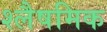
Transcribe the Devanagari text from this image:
श्लैषमिक